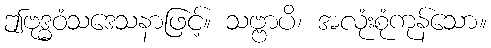
ဤဗုဒ္ဓဝံသဒေသနာဖြင့်။ သဗ္ဗာပိ၊ အလုံးစုံကုန်သော။